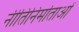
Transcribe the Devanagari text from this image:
नीतिनिर्माताओं